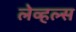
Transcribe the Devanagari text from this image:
लेव्हल्स